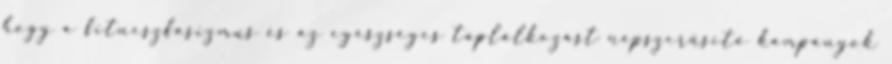
hogy a fitneszfasizmus és az egészséges táplálkozást népszerűsítő kampányok